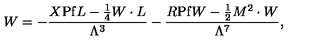
W = - { \frac { X { \mathrm { P f } } L - \frac 1 4 W \cdot L } { \Lambda ^ { 3 } } } - { \frac { R { \mathrm { P f } } W - \frac 1 2 M ^ { 2 } \cdot W } { \Lambda ^ { 7 } } } ,